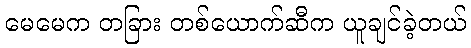
မေမေက တခြား တစ်ယောက်ဆီက ယူချင်ခဲ့တယ်